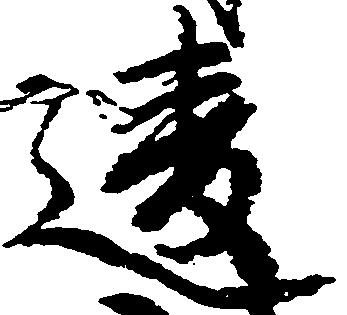
違